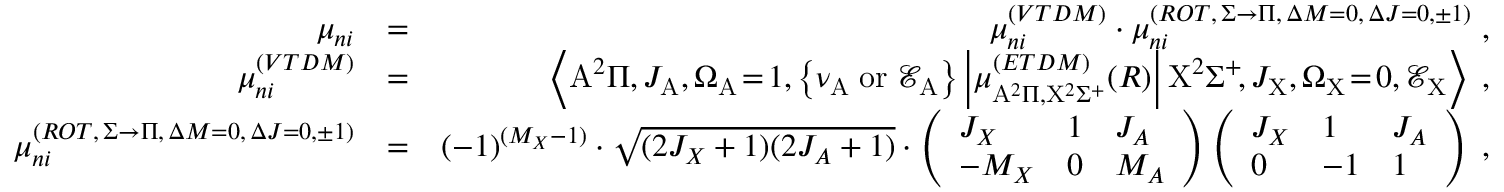
\begin{array} { r l r } { \mu _ { n i } } & { = } & { \mu _ { n i } ^ { ( V T D M ) } \cdot \mu _ { n i } ^ { ( R O T , \, \Sigma \rightarrow \Pi , \, \Delta { M } = 0 , \, \Delta { J } = 0 , \pm 1 ) } \; , } \\ { \mu _ { n i } ^ { ( V T D M ) } } & { = } & { \left< \mathrm { A } ^ { 2 } \Pi , J _ { \mathrm { A } } , \Omega _ { \mathrm { A } } \! = \! 1 , \left\{ \nu _ { \mathrm { A } } \mathrm { \; o r \; } \mathcal { E } _ { \mathrm { A } } \right\} \left| \mu _ { \mathrm { A } ^ { 2 } \Pi , \mathrm { X } ^ { 2 } \Sigma ^ { + } } ^ { ( E T D M ) } ( R ) \right| \mathrm { X } ^ { 2 } \Sigma ^ { + } \! , J _ { \mathrm { X } } , \Omega _ { \mathrm { X } } \! = \! 0 , \mathcal { E } _ { \mathrm { X } } \right> \; , } \\ { \mu _ { n i } ^ { ( R O T , \, \Sigma \rightarrow \Pi , \, \Delta { M } = 0 , \, \Delta { J } = 0 , \pm 1 ) } } & { = } & { ( - 1 ) ^ { ( M _ { X } - 1 ) } \cdot \sqrt { ( 2 J _ { X } + 1 ) ( 2 J _ { A } + 1 ) } \cdot \left( \begin{array} { l l l } { J _ { X } } & { 1 } & { J _ { A } } \\ { - M _ { X } } & { 0 } & { M _ { A } } \end{array} \right) \left( \begin{array} { l l l } { J _ { X } } & { 1 } & { J _ { A } } \\ { 0 } & { - 1 } & { 1 } \end{array} \right) \; , } \end{array}